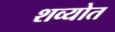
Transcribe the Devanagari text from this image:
शव्योत